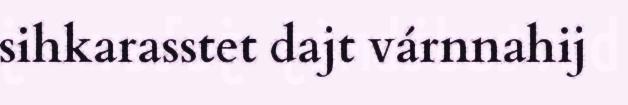
sihkarasstet dajt várnnahij